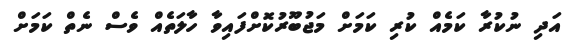
އަދި ނުކުރާ ކަމެއް ކުރި ކަމަށް މަޖުބޫރުކޮށްފައިވާ ހާލަތެއް ވެސް ނެތް ކަމަށް